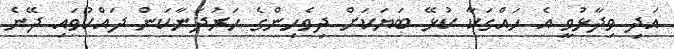
އަދި ވިދާޅުވީ އެ ހައްގަކާ ކުޅޭ ބަޔަކަށް ދިވެހިންގެ ހަރުދަނާކަން ދައްކުވައި ދޭނެ